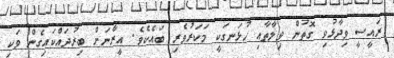
ރައީސީ ވިދާޅުވި ގޮތުން ވިލާތާއި ހުޅަނގަކީ މަކަރުވެރި ބައެކެވެ. އީރާނަށް ބިރުދައްކައިގެން ވަކި